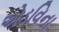
એડવિના